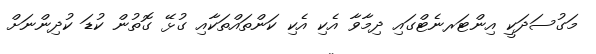
މަގުސަދަކީ އިންޓަރނެޓްގައި ދިމާވާ އެކި އެކި ކަންތައްތަކާއި ގުޅޭ ގޮތުން ކުޑަ ކުދިންނަށް